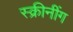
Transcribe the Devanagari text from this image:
स्क्रीनींग